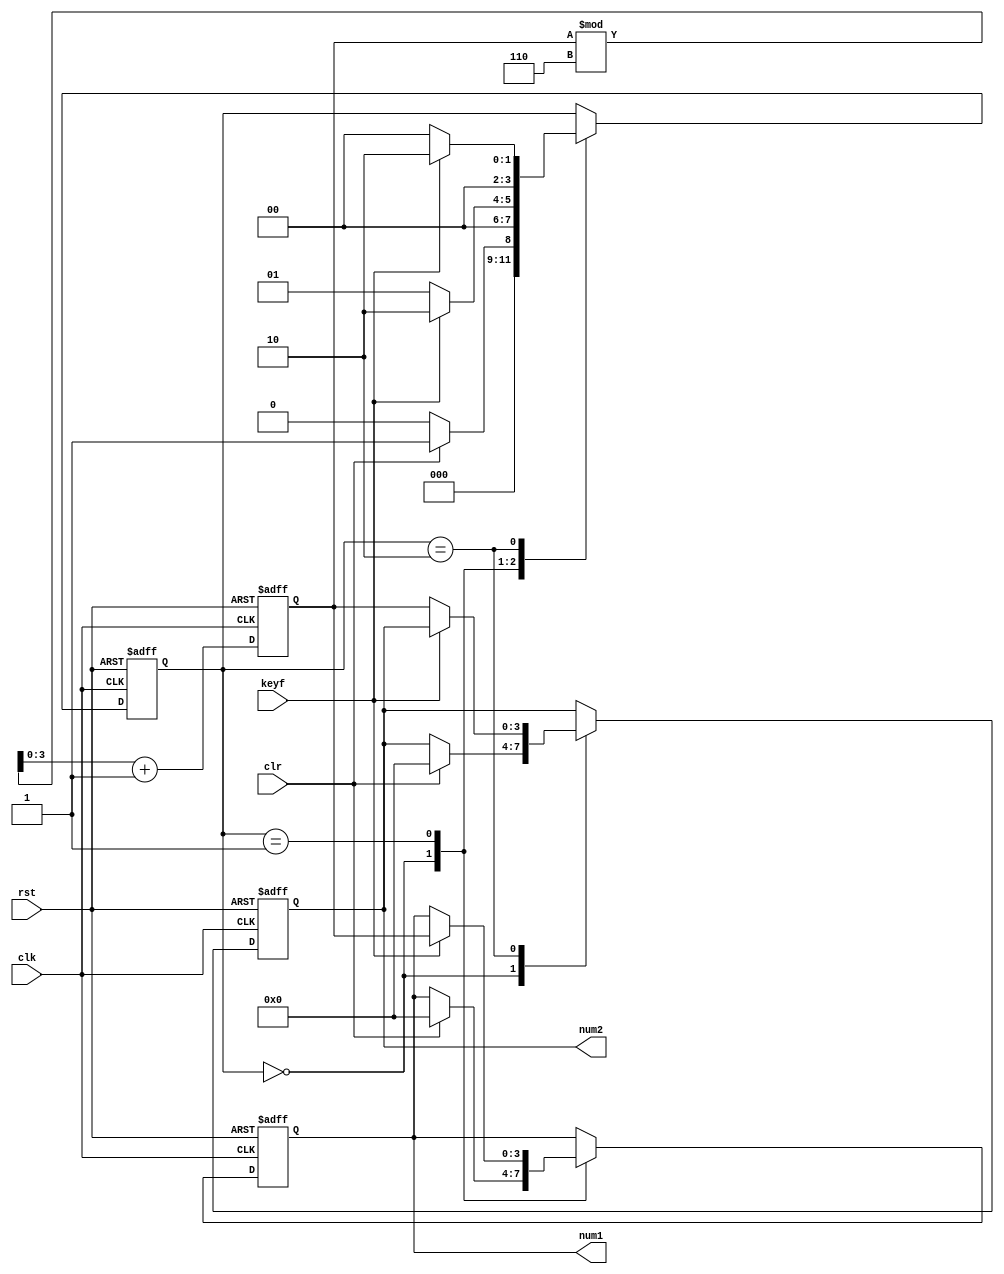
module radom(clk,keyf,num1,num2,clr,rst);//clk need to be high 
input clk;
input keyf;
input clr;
input rst;

output [3:0] num1;
output [3:0] num2;
reg [3:0] num1;
reg [3:0] num2;

reg [3:0] save_num;

reg [3:0] state;


always@(posedge clk or posedge rst)begin
			if(rst==1)begin
				num1<=0;
				num2<=0;
				state<=4'b0000;
				save_num<=0;
			end
			else begin
				save_num<=save_num % 6 + 1;
				case(state)
					4'b0000:begin
						if(clr==1)begin
							state<=4'b0001;
							num1<=0;
							num2<=0;
						end
						else begin 
							state<=4'b0000;
						end
					end
					4'b0001:begin
						if(keyf==1)begin
							num1<=save_num;
							state<=4'b0010;
						end
						else begin 
							state<=4'b0001;
						end
					end
					4'b0010:begin
						if(keyf==0)begin
							num2<=save_num;
							state<=4'b0000;
						end
						else begin 
							state<=4'b0010;
						end
					end
				endcase
			end
end
endmodule